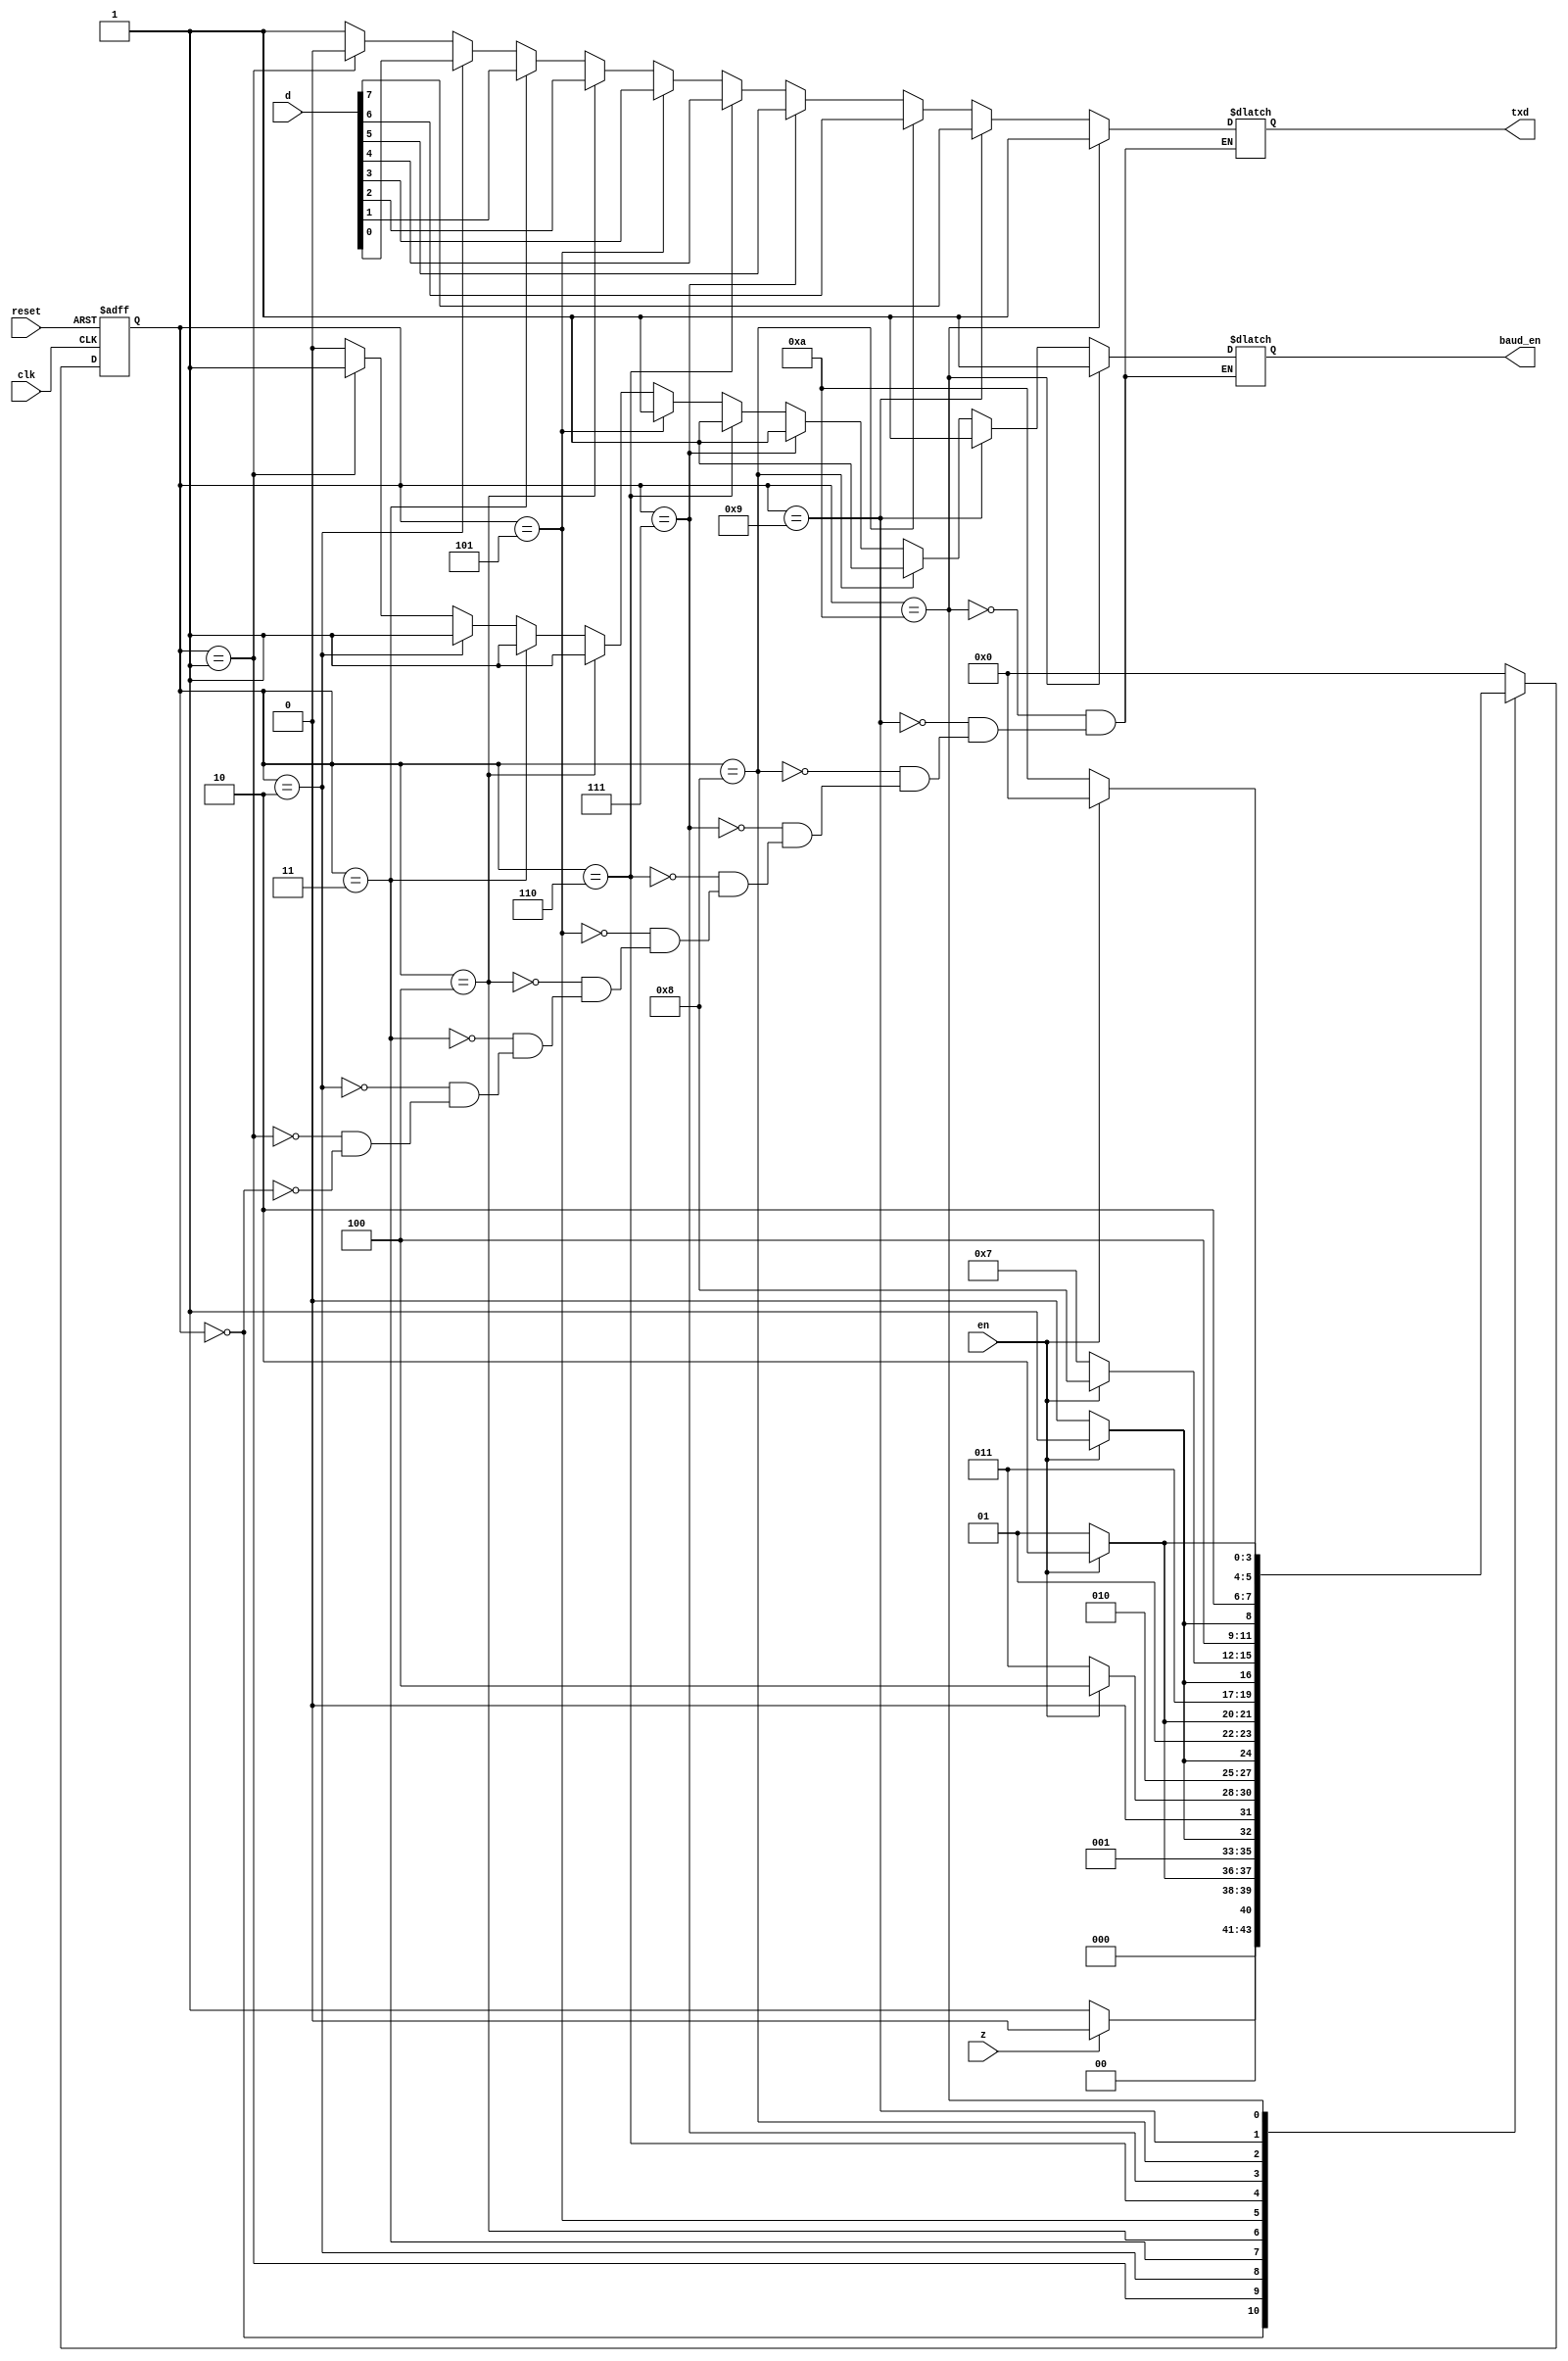
module tx_fsm(clk, reset, z, d, en, baud_en, txd);
  input clk, reset, z, en;
  input [7:0] d;
  output reg baud_en;
  output reg txd;
  
  reg [3:0] state, next_state;
  
  parameter s0=4'b0000;
  parameter s1=4'b0001;
  parameter s2=4'b0010;
  parameter s3=4'b0011;
  parameter s4=4'b0100;
  parameter s5=4'b0101;
  parameter s6=4'b0110;
  parameter s7=4'b0111;
  parameter s8=4'b1000;
  parameter s9=4'b1001;
  parameter s10=4'b1010;
  
  // status register
  always@(posedge clk or negedge reset) begin
    if(~reset) state <= s0;
    else state <= next_state;
  end
  
  // next state logic
  always@(state or z or en) begin
    case(state)
      s0 : if(z == 0) next_state = s1;
           else next_state = s0;
      s1 : if(en == 1) next_state = s2;
           else next_state = s1;
      s2 : if(en == 1) next_state = s3;
           else next_state = s2;
      s3 : if(en == 1) next_state = s4;
           else next_state = s3;
      s4 : if(en == 1) next_state = s5;
           else next_state = s4;
      s5 : if(en == 1) next_state = s6;
           else next_state = s5;
      s6 : if(en == 1) next_state = s7;
           else next_state = s6;
      s7 : if(en == 1) next_state = s8;
           else next_state = s7;
      s8 : if(en == 1) next_state = s9;
           else next_state = s8;
      s9 : if(en == 1) next_state = s10;
           else next_state = s9;
      s10 : if(en == 1) next_state = s0;
            else next_state = s10;
      default : next_state = s0;
    endcase
  end
  
  // output logic
  always@(state) begin
    if(state==s0) begin
      txd=1;
      baud_en=0;
    end
    if(state==s1) begin
      txd=0;
      baud_en=1;
    end
    if(state==s2) begin
      txd=d[0];
      baud_en=1;
    end
    if(state==s3) begin
      txd=d[1];
      baud_en=1;
    end
    if(state==s4) begin
      txd=d[2];
      baud_en=1;
    end
    if(state==s5) begin
      txd=d[3];
      baud_en=1;
    end
    if(state==s6) begin
      txd=d[4];
      baud_en=1;
    end
    if(state==s7) begin
      txd=d[5];
      baud_en=1;
    end
    if(state==s8) begin
      txd=d[6];
      baud_en=1;
    end
    if(state==s9) begin
      txd=d[7];
      baud_en=1;
    end
    if(state==s10) begin
      txd=1;
      baud_en=1;
    end
  end
endmodule